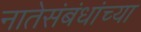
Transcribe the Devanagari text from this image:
नातेसंबंधांच्या